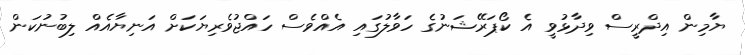
ޔާމިން އިދްރީސް ވިދާޅުވީ އެ ކޯޕަރޭޝަނުގެ ހަވާލުގައި އެއްވެސް ހައްޖުވެރިޔަކަށް އަނިޔާއެއް ލިބުނުކަން